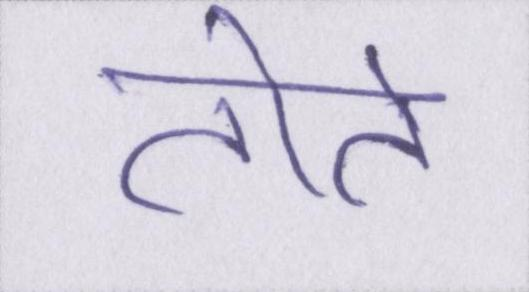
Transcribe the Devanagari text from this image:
तोते